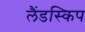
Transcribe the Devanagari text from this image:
लैंडस्किप